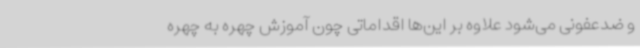
و ضدعفونی می‌شود علاوه بر این‌ها اقداماتی چون آموزش چهره به چهره